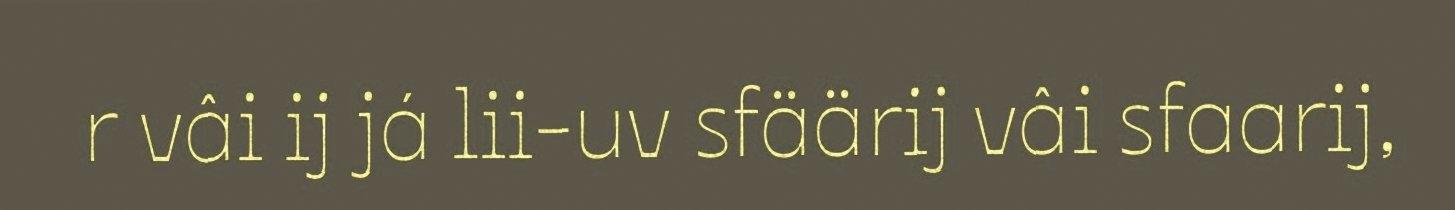
r vâi ij já lii-uv sfäärij vâi sfaarij,